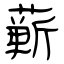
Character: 蕲